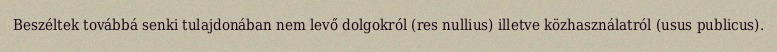
Beszéltek továbbá senki tulajdonában nem levő dolgokról (res nullius) illetve közhasználatról (usus publicus).